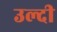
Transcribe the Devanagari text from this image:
उल्दी